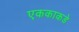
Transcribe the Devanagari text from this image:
एककाकडे